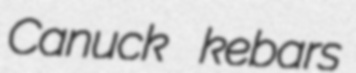
Canuck kebars